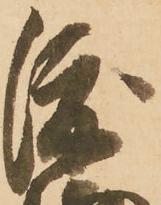
渡